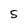
Character: S